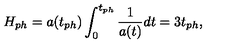
H _ { p h } = a ( t _ { p h } ) \int _ { 0 } ^ { t _ { p h } } \frac { 1 } { a ( t ) } d t = 3 t _ { p h } ,